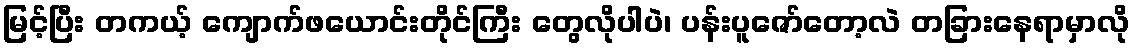
မြင့်ပြီး တကယ့် ကျောက်ဖယောင်းတိုင်ကြီး တွေလိုပါပဲ၊ ပန်းပူဇော်တော့လဲ တခြားနေရာမှာလို